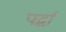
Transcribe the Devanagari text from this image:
पर्द्धा